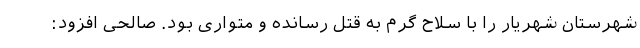
شهرستان شهریار را با سلاح گرم به قتل رسانده و متواری بود. صالحی افزود: